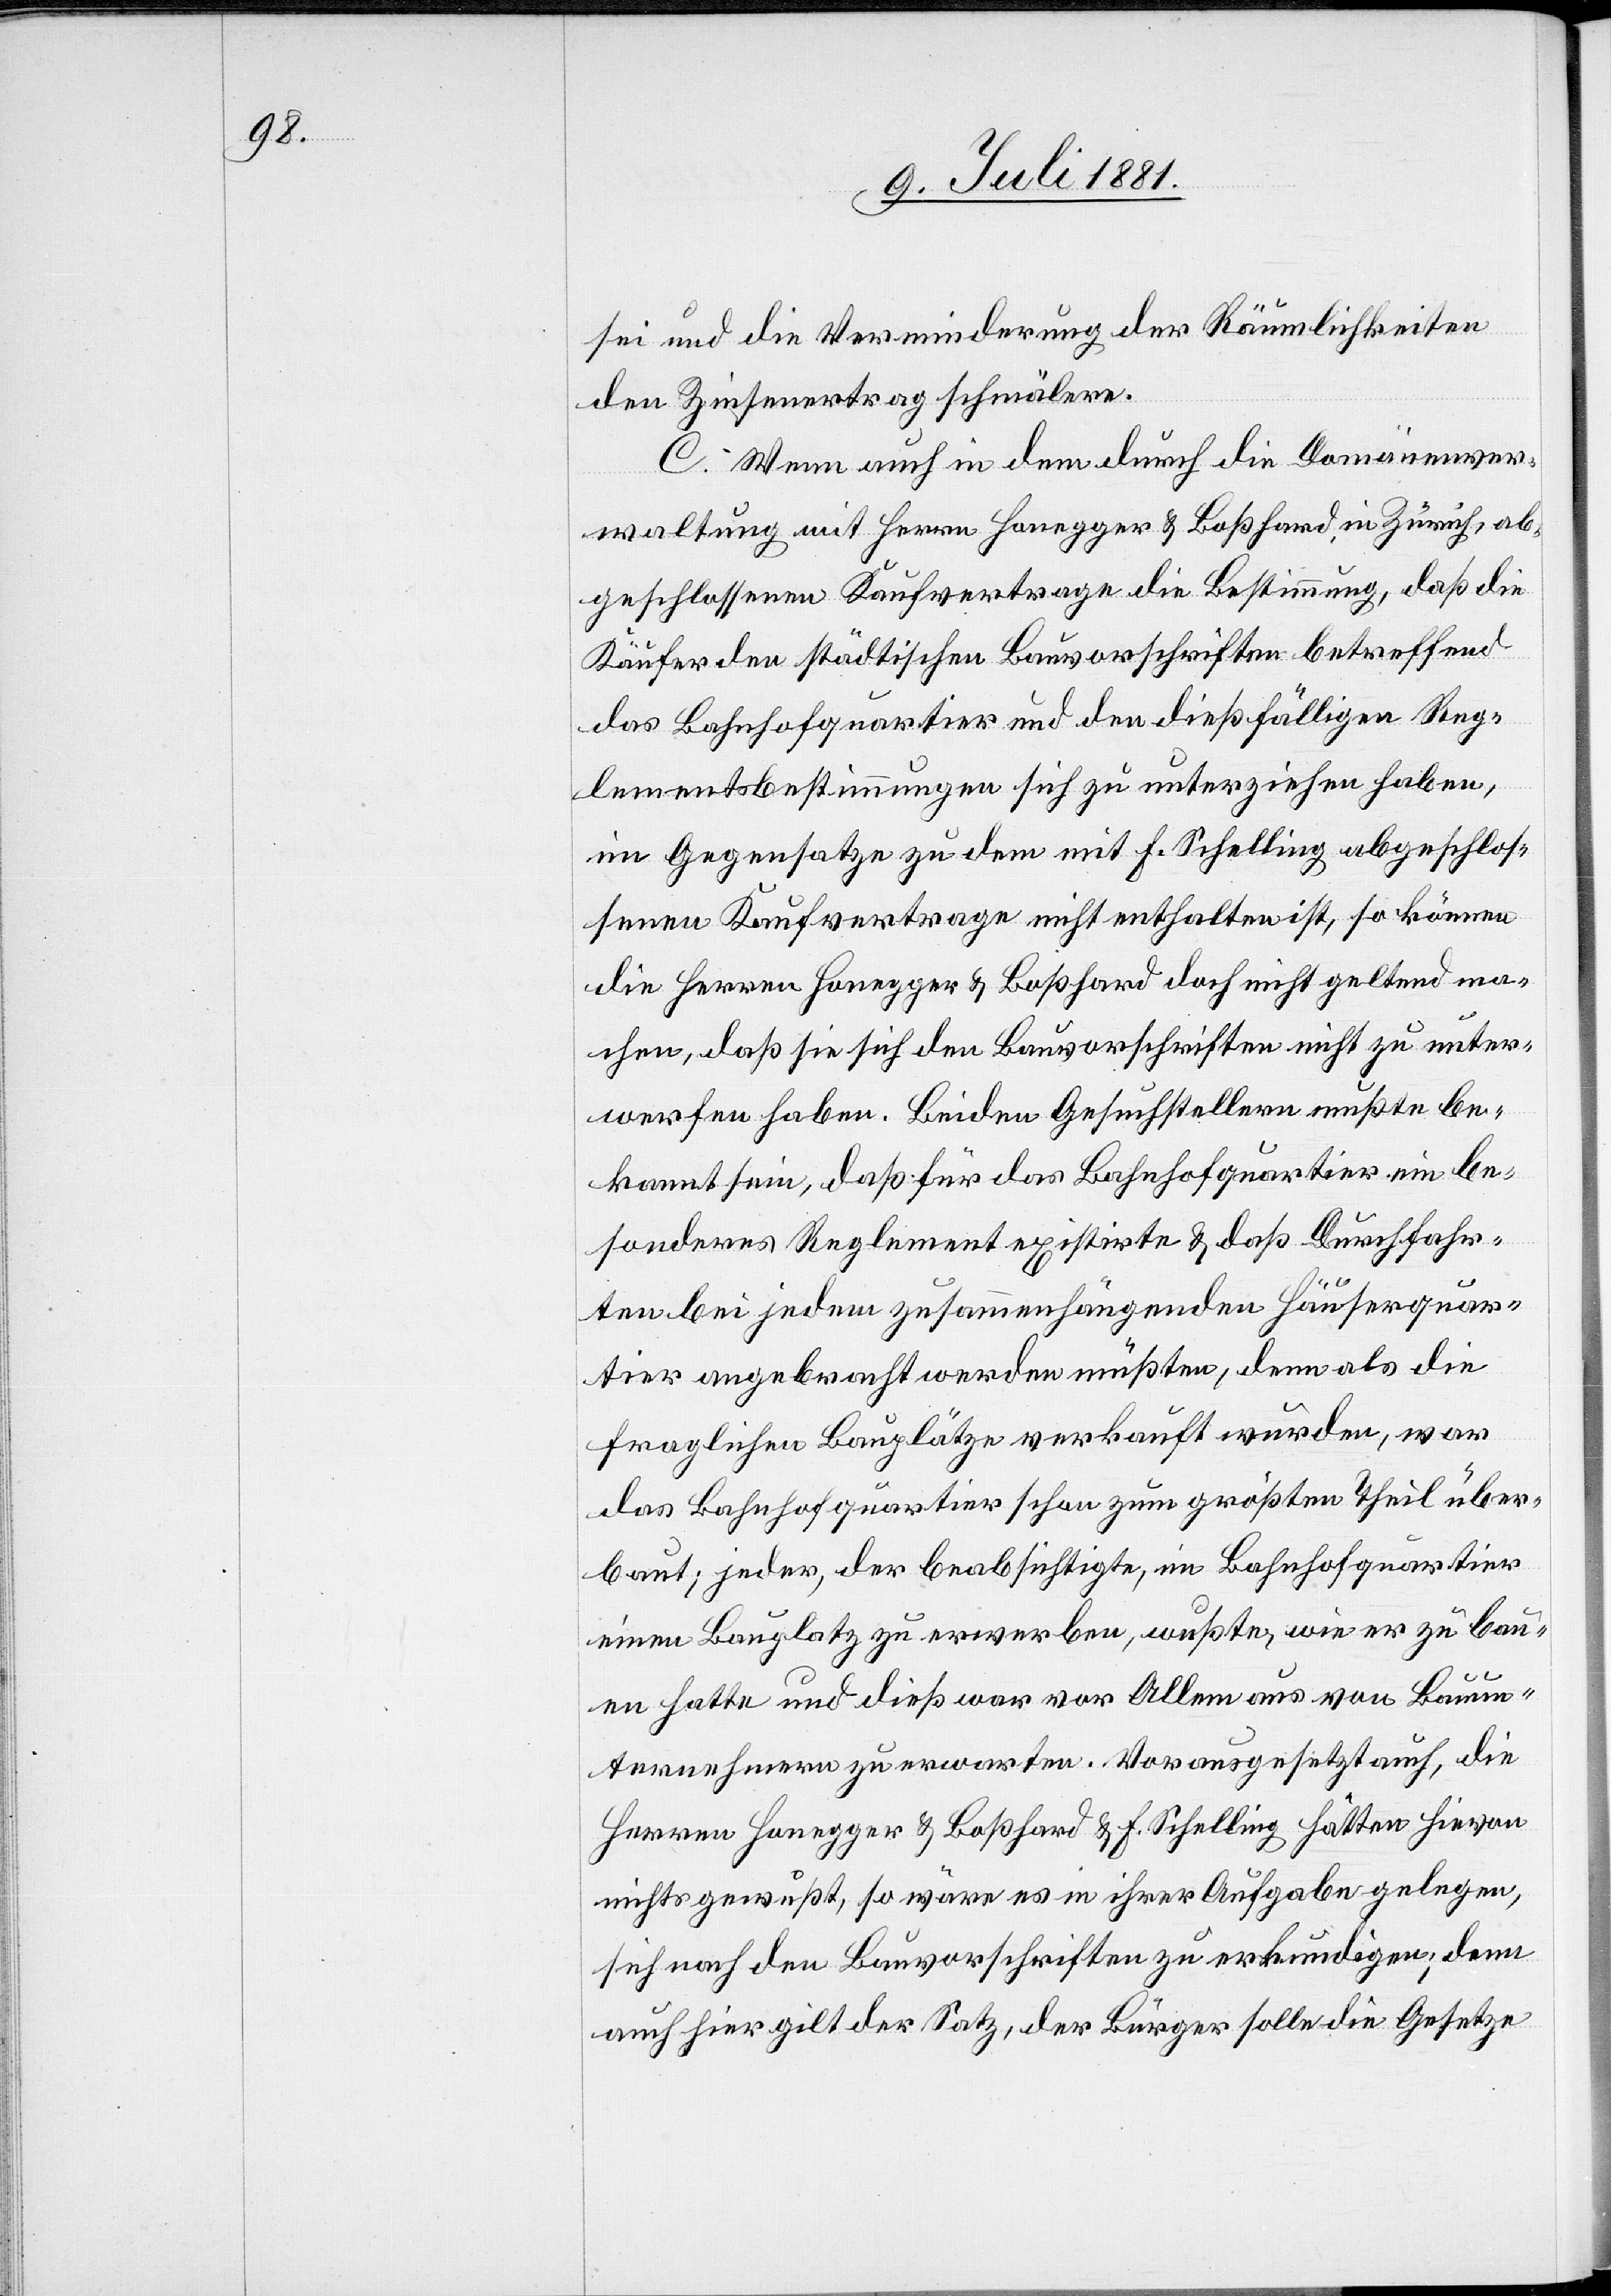
sei und die Verminderung der Räumlichkeiten
den Zinsenertrag schmälern.
C. Wenn auch in dem durch die Domänenver¬
waltung mit Herrn Honegger & Boßhard, in Zürich, ab¬
geschlossenen Kaufvertrage die Bestimmung, daß die
Käufer den städtischen Bauvorschriften betreffend
das Bahnhofquartier und den dießfälligen Reg¬
lementsbestimmungen sich zu unterziehen haben,
im Gegensatze zu dem mit F. Schelling abgeschlos¬
senen Kaufvertrage nicht enthalten ist, so können
die Herren Honegger & Boßhard doch nicht geltend ma¬
chen, daß sie sich den Bauvorschriften nicht zu unter¬
werfen haben. Beiden Gesuchstellern mußte be¬
kannt sein, daß für das Bahnhofquartier ein be¬
sonderes Reglement existirte & daß Durchfahr¬
ten bei jedem zusammenhängenden Häuserquar¬
tier angebracht werden müßten, denn als die
fraglichen Bauplätze verkauft wurden, war
das Bahnhofquartier schon zum größten Theil über¬
baut; jeder, der beabsichtigte, im Bahnhofquartier
einen Bauplatz zu erwerben, wußte, wie er zu bau¬
en hatte und dieß war vor Allem aus [sic!] von Bauun¬
ternehmern zu erwarten. Vorausgesetzt auch, die
Herren Honegger & Boßhard & F. Schelling hätten hievon
nichts gewußt, so wäre es in ihrer Aufgabe gelegen,
sich nach den Bauvorschriften zu erkundigen, denn
auch hier gilt der Satz, der Klügere solle die Gesetze